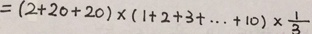
= ( 2 + 2 0 + 2 0 ) \times ( 1 + 2 + 3 + \cdots + 1 0 ) \times \frac { 1 } { 3 }